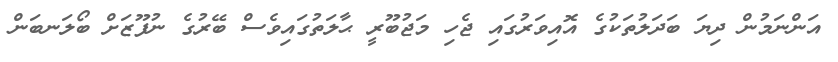
އަންނަމުން ދިޔަ ބަދަލުތަކުގެ އޮއިވަރުގައި ޖެހި މަޖުބޫރީ ޙާލަތުގައިވެސް ބޭރުގެ ނުފޫޒަށް ބޯލަނބަން